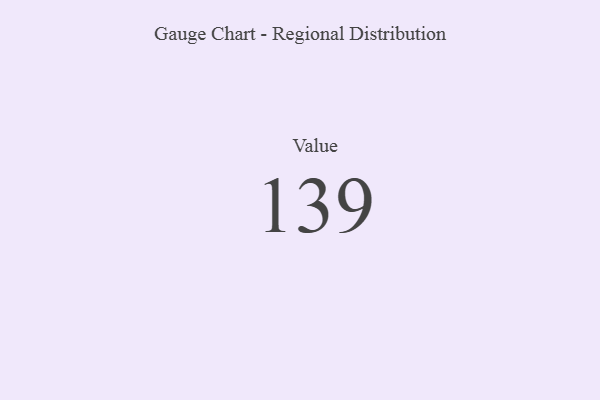
{"axis": {"x": "Metric", "y": "Value"}, "legend": [""], "data": [{"x": "Value", "y": 139, "type": ""}]}